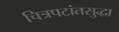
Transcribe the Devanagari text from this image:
चित्रपटांतसुद्धा